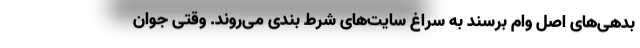
بدهی‌های اصل وام برسند به سراغ سایت‌های شرط بندی می‌روند. وقتی جوان